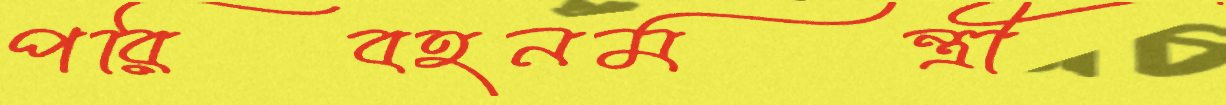
পরিবহনমন্ত্রী